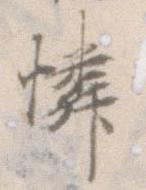
憐